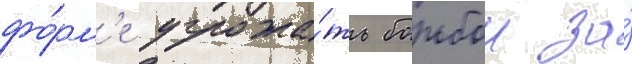
фо́рм'е угрожа́ть борьбои за́